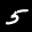
Label: 5